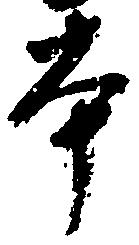
本